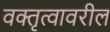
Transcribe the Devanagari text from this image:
वक्तृत्वावरील